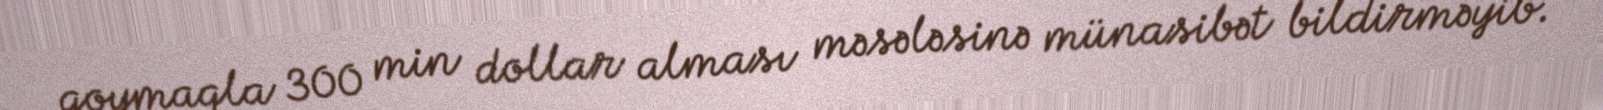
qoymaqla 300 min dollar alması məsələsinə münasibət bildirməyib.